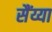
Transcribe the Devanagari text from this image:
सैंय्या